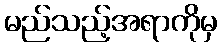
မည်သည့်အရာကိုမှ